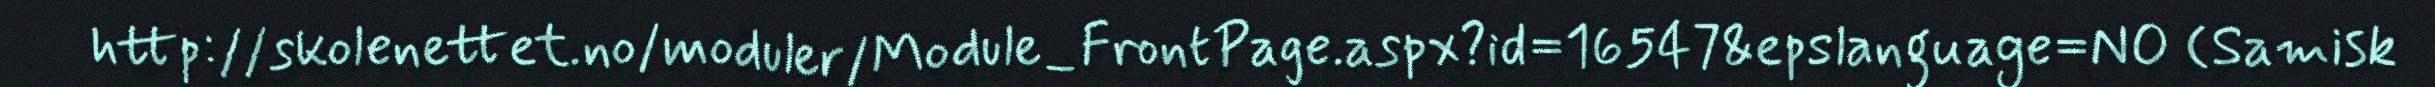
http://skolenettet.no/moduler/Module_FrontPage.aspx?id=16547&epslanguage=NO (Samisk